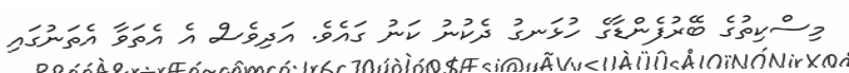
މިސްކިތުގެ ބޭރުފެންޑާގެ ހުޅަނގު ދެކުނު ކަނު ގައެވެ. އަދިވެސް އެ އެތަވާ އެތަނުގައި